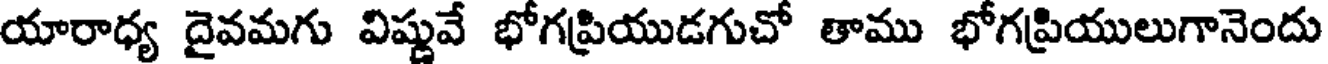
యారాధ్య దైవమగు విష్ణువే భోగప్రియుడగుచో తాము భోగప్రియులుగానెందు